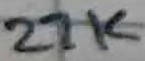
Text: 27K